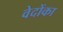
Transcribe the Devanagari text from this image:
वेदोंका